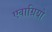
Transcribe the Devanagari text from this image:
एवाग्रियो